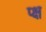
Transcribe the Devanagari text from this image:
प्क्ष